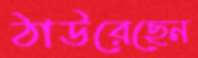
ঠাউরেছেন